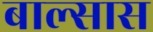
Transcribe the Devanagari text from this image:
बाल्सास